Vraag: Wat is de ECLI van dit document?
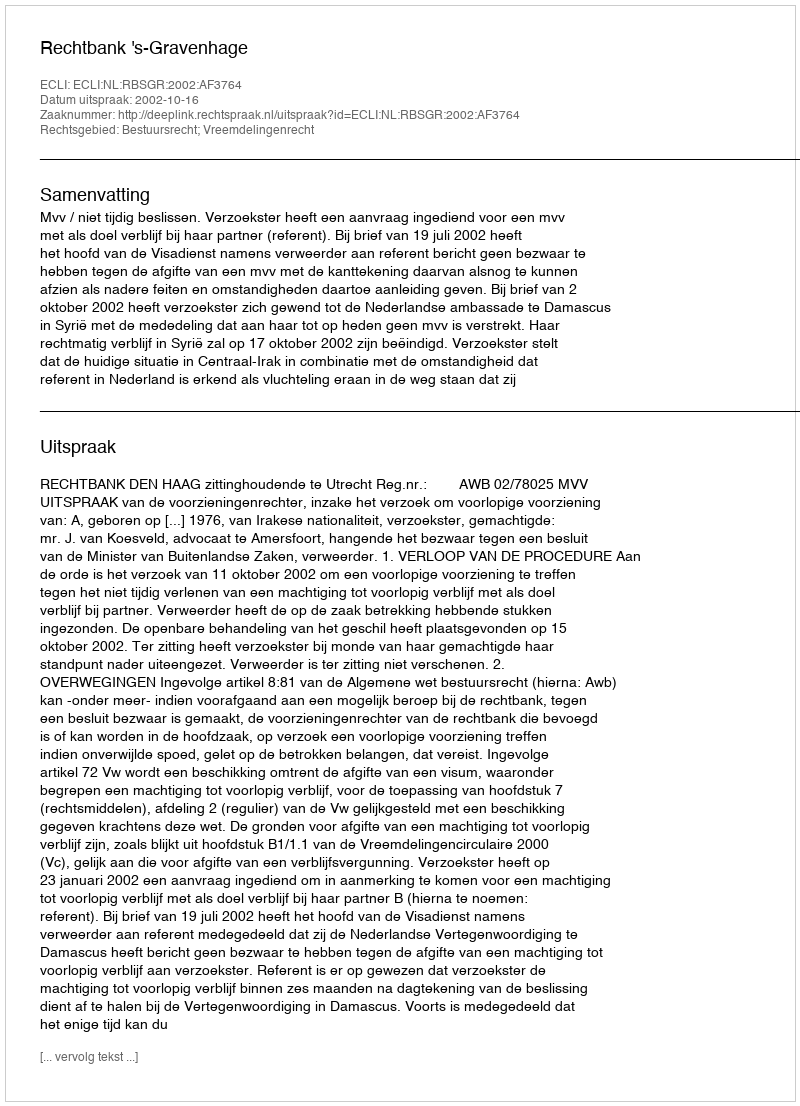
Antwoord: ECLI:NL:RBSGR:2002:AF3764